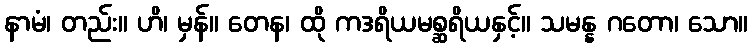
နာမံ၊ တည်း။ ဟိ၊ မှန်။ တေန၊ ထို ကဒရိယမစ္ဆရိယနှင့်။ သမန္န ဂတော၊ သော။